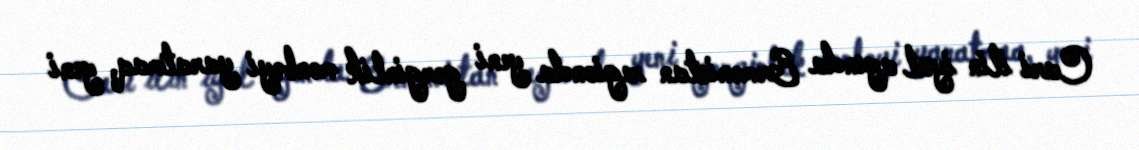
Cari ilin iyul ayında Ermənistan regionda yeni gərginlik mənbəyi yaratmaq, yeni